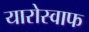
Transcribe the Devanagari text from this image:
यारोस्वाफ